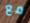
مع